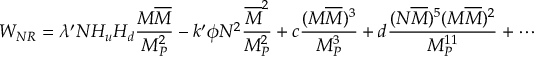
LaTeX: W _ { N R } = \lambda ^ { \prime } N H _ { u } H _ { d } \frac { M \overline { { { M } } } } { M _ { P } ^ { 2 } } - k ^ { \prime } \phi N ^ { 2 } \frac { \overline { { { M } } } ^ { 2 } } { M _ { P } ^ { 2 } } + c \frac { ( M \overline { { { M } } } ) ^ { 3 } } { M _ { P } ^ { 3 } } + d \frac { ( N \overline { { { M } } } ) ^ { 5 } ( M \overline { { { M } } } ) ^ { 2 } } { M _ { P } ^ { 1 1 } } + \cdots